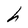
Character: h